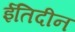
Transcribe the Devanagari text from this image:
ईतिदीन